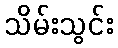
သိမ်းသွင်း